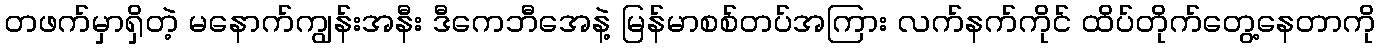
တဖက်မှာရှိတဲ့ မနောက်ကျွန်းအနီး ဒီကေဘီအေနဲ့ မြန်မာစစ်တပ်အကြား လက်နက်ကိုင် ထိပ်တိုက်တွေ့နေတာကို